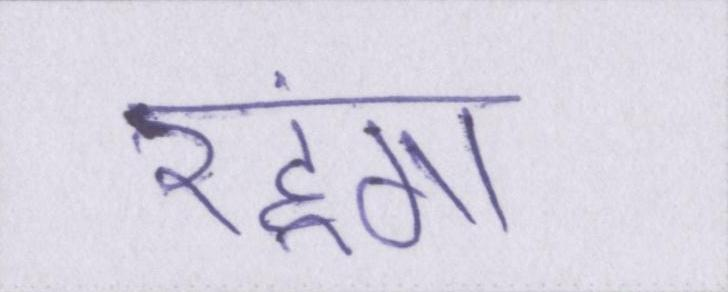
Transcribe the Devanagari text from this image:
रहूंगा।